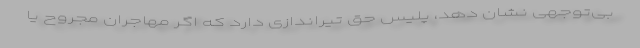
بی‌توجهی نشان دهد، پلیس حق تیراندازی دارد که اگر مهاجران مجروح یا